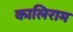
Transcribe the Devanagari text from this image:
कालिराम